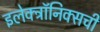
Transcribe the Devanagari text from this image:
इलेक्ट्रॉनिक्सची